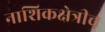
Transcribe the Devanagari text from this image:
नाशिकक्षेत्रीच